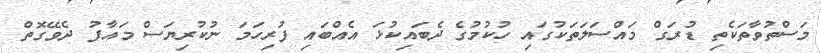
މަސްތުވާތަކެތި ޑުރަގް މައްސަލަތަކުގައި ހުކުމުގެ ދެބައިކުޅަ އެއްބައި ފުރިހަމަ ނުކުރިޔަސް މައާފު ދެވޭގޮތް